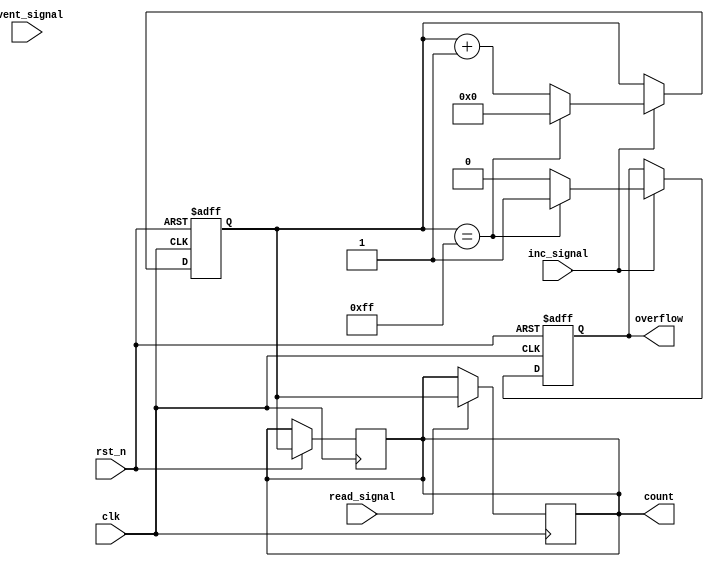
module EventCounter #(
    parameter WIDTH = 8 // Parameter to set width of the counter
) (
    input wire clk,            // Clock signal
    input wire rst_n,         // Asynchronous reset (active low)
    input wire event_signal,   // Event signal to increment the counter
    input wire inc_signal,     // Control signal to increment the counter
    input wire read_signal,     // Control signal to read the current count
    output reg [WIDTH-1:0] count, // Output current count value
    output reg overflow        // Overflow signal
);

    // Internal register to hold the count value
    reg [WIDTH-1:0] count_reg;

    // Synchronous operation block
    always @(posedge clk or negedge rst_n) begin
        if (!rst_n) begin
            // Asynchronous reset
            count_reg <= 0;
            overflow <= 0;
        end else begin
            if (inc_signal) begin
                // Increment count if event detected
                if (count_reg == {WIDTH{1'b1}}) begin
                    // Check for overflow
                    count_reg <= 0;
                    overflow <= 1; // Set overflow flag
                end else begin
                    count_reg <= count_reg + 1;
                    overflow <= 0; // Clear overflow flag
                end
            end
            
            // Update the count output
            count <= count_reg;
        end
    end

    // Read operation - typically this will be handled in the output of the register directly
    always @(posedge clk) begin
        if (read_signal) begin
            count <= count_reg;
        end
    end

endmodule